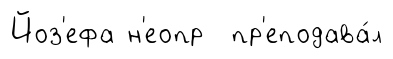
Йоз'ефа н'еопр пр'еподава́л